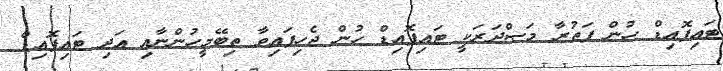
ޓައިފޮއިޑް ހުން ފަތުރާ މަޞްދަރަކީ ޓައިފޮއިޑް ހުން ޖެހިފައިވާ ތިބޭމީހުންނާއި އަދި ޓައިފޮއިޑް